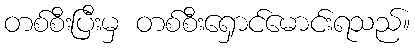
တစ်စီးပြီးမှ တစ်စီးရှောင်မောင်းရသည်။